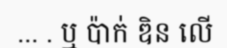
... . ឬ ប៉ាក់ ឌិន លើ